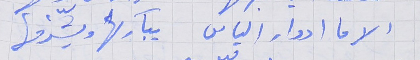
الا ما ادوار الياس     يباركها ويشرّفها